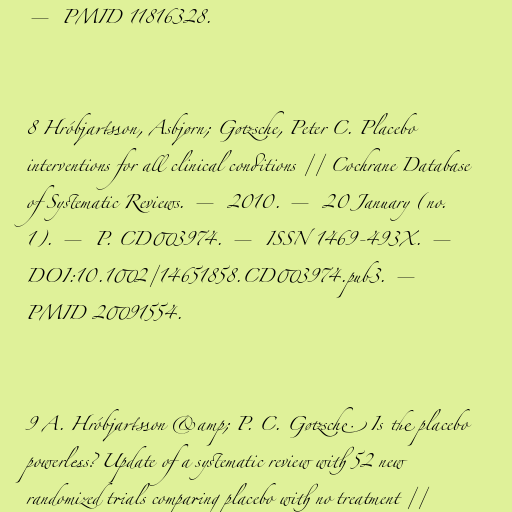
— PMID 11816328.

8 Hróbjartsson, Asbjørn; Gøtzsche, Peter C. Placebo
interventions for all clinical conditions // Cochrane Database
of Systematic Reviews. — 2010. — 20 January (no.
1). — P. CD003974. — ISSN 1469-493X. —
DOI:10.1002/14651858.CD003974.pub3. —
PMID 20091554.

9 A. Hróbjartsson &amp; P. C. Gøtzsche. Is the placebo
powerless? Update of a systematic review with 52 new
randomized trials comparing placebo with no treatment //